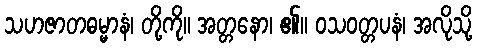
သဟဇာတဓမ္မာနံ၊ တို့ကို။ အတ္တနော၊ ၏။ ဝသဝတ္တပနံ၊ အလိုသို့